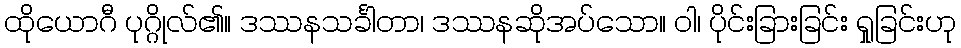
ထိုယောဂီ ပုဂ္ဂိုလ်၏။ ဒဿနသင်္ခါတာ၊ ဒဿနဆိုအပ်သော။ ဝါ၊ ပိုင်းခြားခြင်း ရှုခြင်းဟု